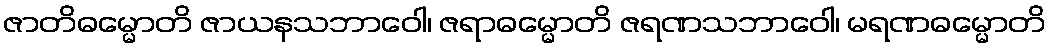
ဇာတိဓမ္မောတိ ဇာယနသဘာဝေါ၊ ဇရာဓမ္မောတိ ဇရဏသဘာဝေါ၊ မရဏဓမ္မောတိ